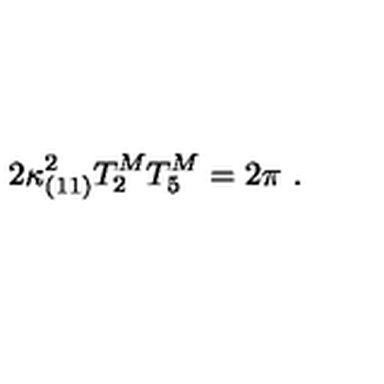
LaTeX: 2 \kappa _ { ( 1 1 ) } ^ { 2 } T _ { 2 } ^ { M } T _ { 5 } ^ { M } = 2 \pi \ .